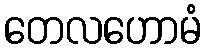
တေလဟောမံ